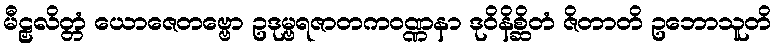
မီဠှလိတ္တံ ယောဇေတဗ္ဗော ဥဒုမ္ဗရဇာတကဝဏ္ဏနာ ဒုဝိနိစ္ဆိတံ ဇိတာတိ ဥဘောသူတိ